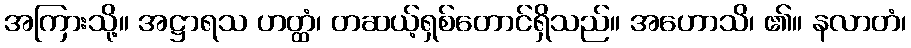
အကြားသို့။ အဋ္ဌာရသ ဟတ္ထံ၊ တဆယ့်ရှစ်တောင်ရှိသည်။ အဟောသိ၊ ၏။ နလာတံ၊